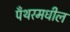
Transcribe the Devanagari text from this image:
पँथरमधील